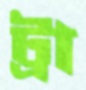
ট্রা